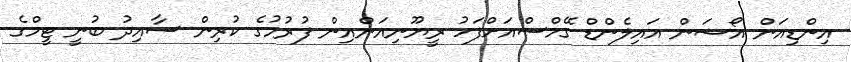
އިންޑިއަން އޯޝަން އައިލެންޑް ގޭމްސްއަށްފަހު ރީޔޫނިއަންއިން ފުރުމުގެ ކުރިން ސާއިދު ބުނީ ޓީމްގެ